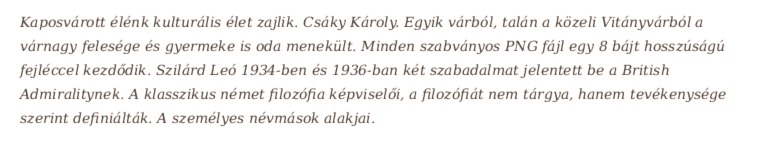
Kaposvárott élénk kulturális élet zajlik. Csáky Károly. Egyik várból, talán a közeli Vitányvárból a várnagy felesége és gyermeke is oda menekült. Minden szabványos PNG fájl egy 8 bájt hosszúságú fejléccel kezdődik. Szilárd Leó 1934-ben és 1936-ban két szabadalmat jelentett be a British Admiralitynek. A klasszikus német filozófia képviselői, a filozófiát nem tárgya, hanem tevékenysége szerint definiálták. A személyes névmások alakjai.